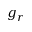
g _ { r }